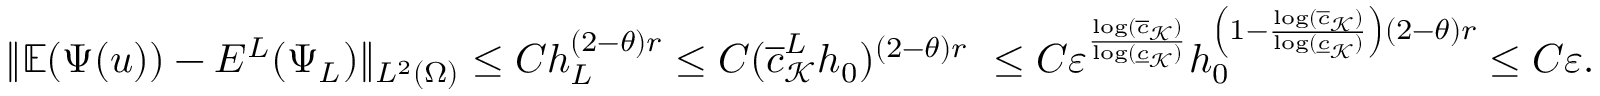
\| \mathbb { E } ( \Psi ( u ) ) - E ^ { L } ( \Psi _ { L } ) \| _ { L ^ { 2 } ( \Omega ) } \le C h _ { L } ^ { ( 2 - \theta ) r } \le C ( \overline { c } _ { \mathcal { K } } ^ { L } h _ { 0 } ) ^ { ( 2 - \theta ) r } \ \le C \ensuremath { \varepsilon } ^ { \frac { \log ( \overline { c } _ { \mathcal { K } } ) } { \log ( \underline { c } _ { \mathcal { K } } ) } } h _ { 0 } ^ { \left( 1 - \frac { \log ( \overline { c } _ { \mathcal { K } } ) } { \log ( \underline { c } _ { \mathcal { K } } ) } \right) ( 2 - \theta ) r } \le C \ensuremath { \varepsilon } .